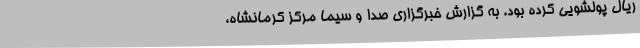
ریال پولشویی کرده بود. به گزارش خبرگزاری صدا و سیما مرکز کرمانشاه،